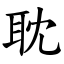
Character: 耽